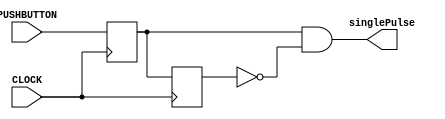
`timescale 1ns / 1ps

module singlePulseCircuit(input CLOCK, input PUSHBUTTON, output singlePulse);
    
    reg Q1, Q2;
    
    always @ (posedge CLOCK) begin
            Q1 <= PUSHBUTTON;
            Q2 <= Q1;
        
    end
    
    assign singlePulse = Q1 & ~Q2;
    
endmodule